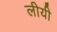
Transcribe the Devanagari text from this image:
लीयी